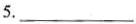
5.___